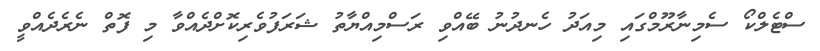
ސްޓެލްކޯ ސެމިނާރޫމްގައި މިއަދު ހެނދުނު ބޭއްވި ރަސްމިއްޔާތު ޝަރަފުވެރިކޮށްދެއްވާ މި ފޮތް ނެެރެދެއްވީ